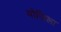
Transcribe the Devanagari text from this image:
योजिला